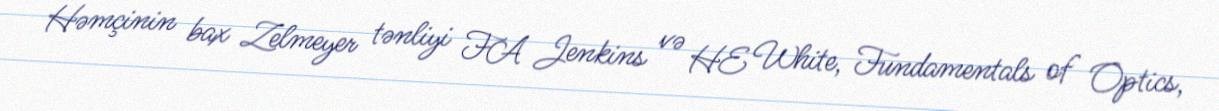
Həmçinin bax Zelmeyer tənliyi FA Jenkins və HE White, Fundamentals of Optics,